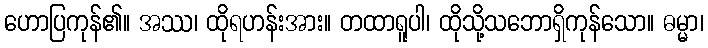
ဟောပြကုန်၏။ အဿ၊ ထိုရဟန်းအား။ တထာရူပါ၊ ထိုသို့သဘောရှိကုန်သော။ ဓမ္မာ၊